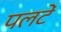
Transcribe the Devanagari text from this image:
पलटें